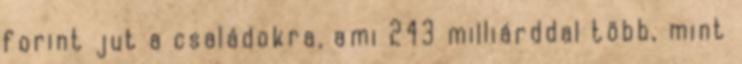
forint jut a családokra, ami 243 milliárddal több, mint